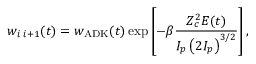
w _ { i \; i + 1 } ( t ) = w _ { \mathrm { A D K } } ( t ) \exp \left[ - \beta \frac { Z _ { c } ^ { 2 } E ( t ) } { I _ { p } \left( 2 I _ { p } \right) ^ { 3 / 2 } } \right] ,